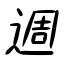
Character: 週